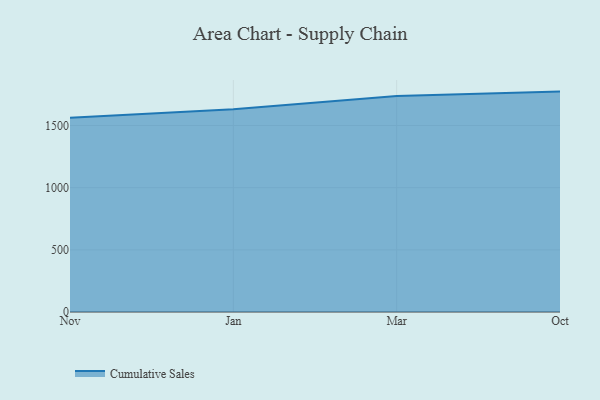
{"axis": {"x": "Month", "y": "Tickets Resolved"}, "legend": ["Cumulative Sales"], "data": [{"x": "Nov", "y": 1561.9, "type": "Cumulative Sales"}, {"x": "Jan", "y": 1631.7, "type": "Cumulative Sales"}, {"x": "Mar", "y": 1737.8, "type": "Cumulative Sales"}, {"x": "Oct", "y": 1772.7, "type": "Cumulative Sales"}]}